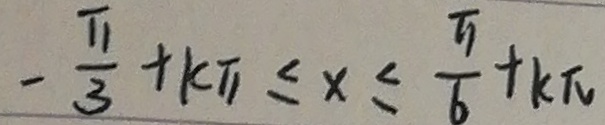
- \frac { \pi } { 3 } + k \pi \leq x \leq \frac { \pi } { 6 } + k \pi